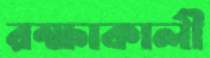
রক্ষাকালী